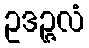
ဥဒဉ္ဇလံ